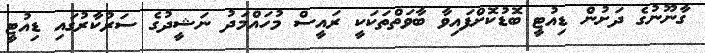
ގާނޫނުގެ ދަށުން ޑިއުޓީ ބޮޑުކޮށްފައިވާ ބާވަތްތަކަކީ ރައީސް މުހައްމަދު ނަޝީދުގެ ސަރުކާރުގައި ޑިއުޓީ